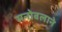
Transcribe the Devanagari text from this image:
मनोबलाने